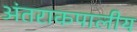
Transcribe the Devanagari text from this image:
अंतराकपालीय